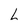
Character: L